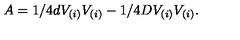
A = 1 / 4 d V _ { ( i ) } V _ { ( i ) } - 1 / 4 D V _ { ( i ) } V _ { ( i ) } .